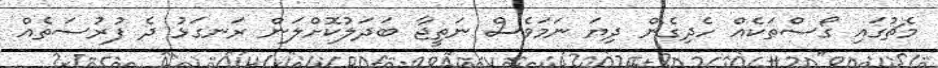
މެޗުގައި ގޯސްތަކެއް ހެދިގެން ދިޔަ ނަމަވެސް ނަތީޖާ ބަދަލުކޮށްލަން ރަނގަޅު ދެ ފުރުސަތެއް